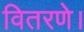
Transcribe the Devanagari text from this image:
वितरणे।